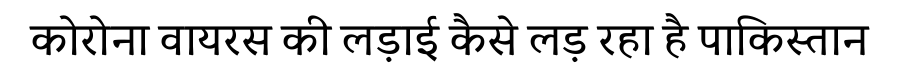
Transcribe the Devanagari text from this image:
कोरोना वायरस की लड़ाई कैसे लड़ रहा है पाकिस्तान